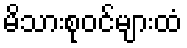
မိသားစုဝင်များထံ